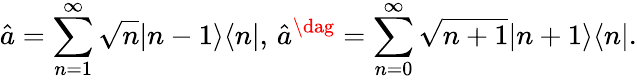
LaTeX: \hat{a}=\sum_{n=1}^{\infty}\sqrt{n}|n-1\rangle\langle n|,\, \hat{a}^{\dag}=\sum_{n=0}^{\infty}\sqrt{n+1}|n+1\rangle\langle n|.